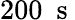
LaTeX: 200\ \mathrm{~s~}